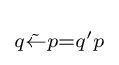
\scriptstyle {q{\tilde {\leftarrow }}p=q'p\,}\!